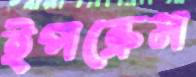
ইপক্রেস